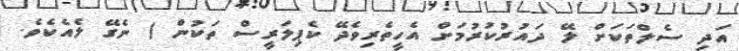
އަދި ސެލްތަކަށް ލޭ ދައުރުކުރުމަށް އެހީތެރިވެދޭ ކެޕިލަރީސް ތަކުން ) ނެގޭ ލެއެކެވެ.